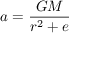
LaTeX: a = { \frac { G M } { r ^ { 2 } + e } }